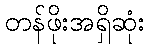
တန်ဖိုးအရှိဆုံး